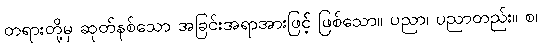
တရားတို့မှ ဆုတ်နစ်သော အခြင်းအရာအားဖြင့် ဖြစ်သော။ ပညာ၊ ပညာတည်း။ စ၊